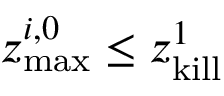
z _ { \mathrm { m a x } } ^ { i , 0 } \leq z _ { \mathrm { k i l l } } ^ { 1 }